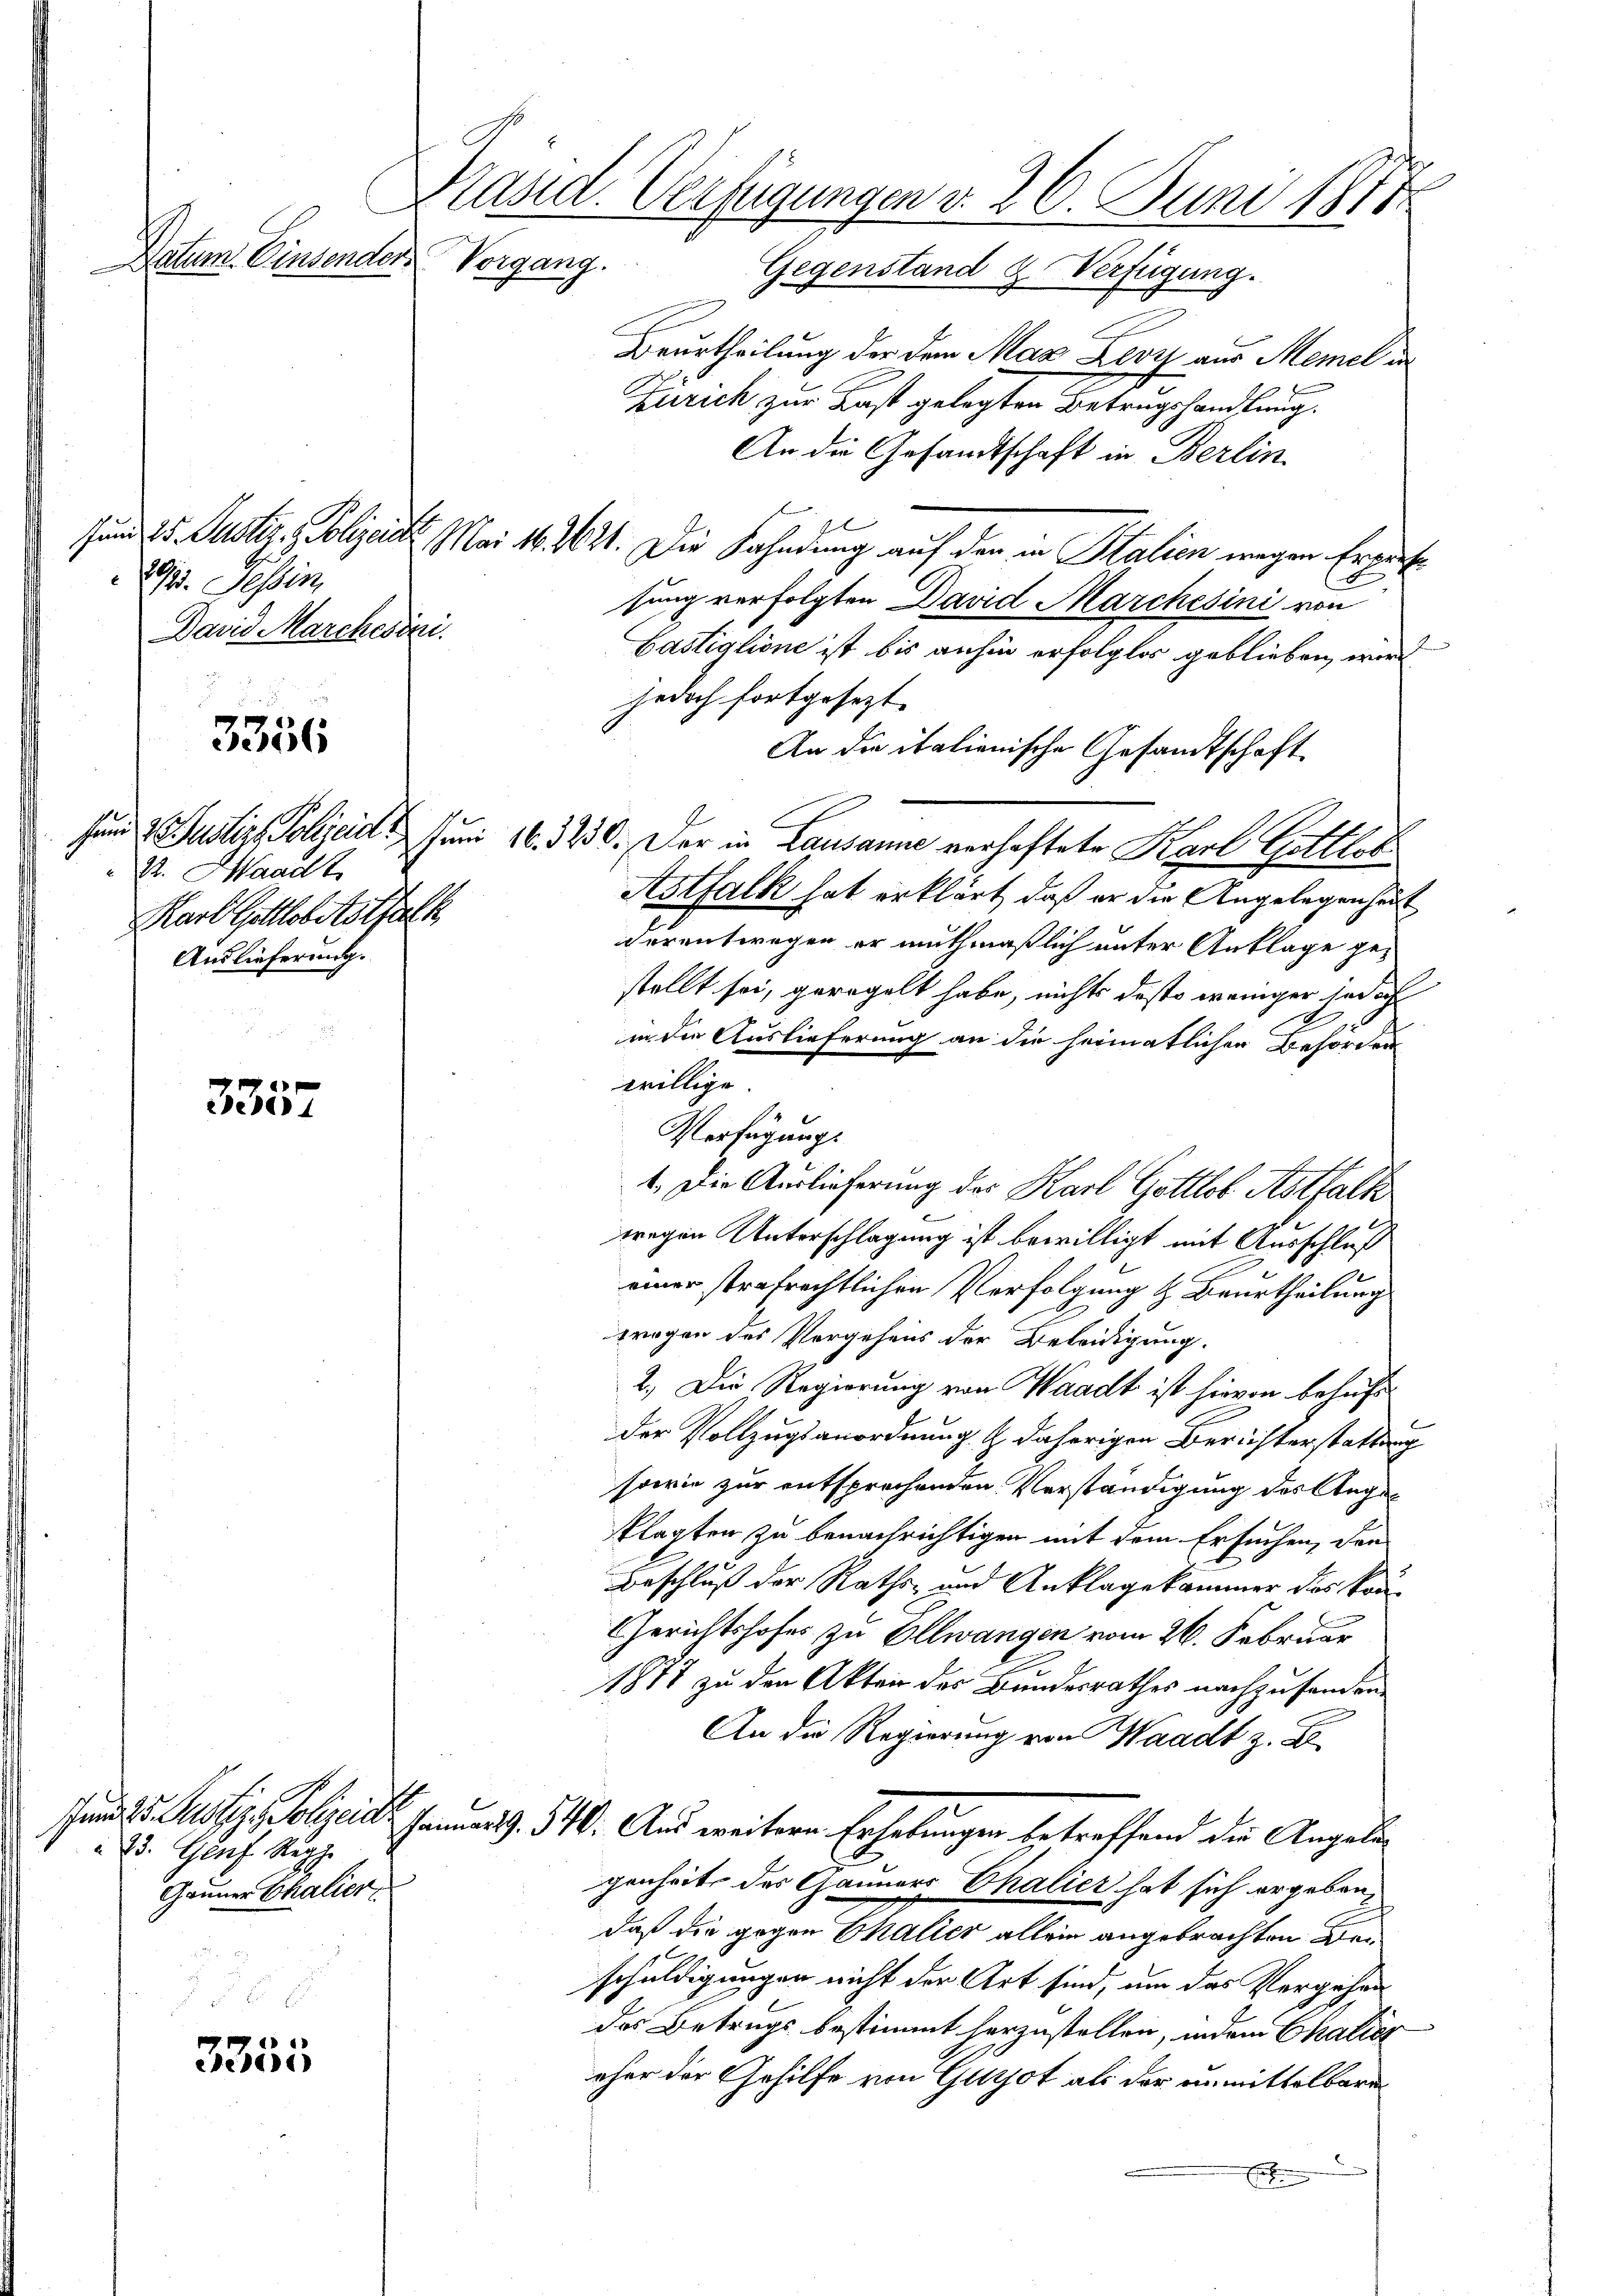
Stand. Verfügungen d. 26. Juni 1811.
Datum. Einsender Vorgang.
Gegenstand & Verfügung.

29. Tessin,
David Marchesini.

3356

22. Waadt
Karl Gottlobitotalk
Auslieferung.

335.

3355

23. Graf Ruppe
Gauner Chalier

Brurtheilung der dem Max Levyz aus Memel in
Zürich, zur Last gelegten Betrugshandlung.
An die Gesandtschaft in Berlin
l
Jund 25. Justiz & Polizeit. Mai 16. 4621. Die Fahndung auf den in Stalien wegen Erpretsung verfolgten David Marchesini von
Castiglione ist bis anhin erfolglos geblieben wird
jedoch fortgesezt.
An die italienische Gesandtschaft
fund 2. Justiz, Polizeid. Juni 16. 3230. Der in Lausanne verhaftete Karl Gottlob
Astfalk hat erklärt, daß er die Angelegenheit
derentwegen er muthmaßlich unter Anklage gestellt sei, geregelt habe, nichts desto weniger jedoch
in die Auslieferung an die heimatlichen Behörden
willige.
Verfügungs
1. Die Auslieferung des Karl Gottlob Astfalt
wegen Unterschlagung ist bewilligt mit Ausschluß
2
einer strafrechtlichen Verfolgung & Beurtheilung
wrogen des Vergehens der Beleidigung.
2.) Die Regierung von Waadt ist hievon behufs
der Vollzugsanordnung & daherigen Berichterstattung
sowie zur entsprechenden Verständigung des Angeklagten zu benachrichtigen mit dem Ersuchen, den
Beschluß der Raths- und Anklagekammer des kön¬
Gerichtshofes zu Ollwangen vom 26. Februar
1877 zu den Akten der Bundesrathes nachzusenden.
An die Regierung von Waadt z. B.
Juni d. Justiz, Polizeich Januar 9. 540. Aus weitern Erhebungen betreffend die Angelegenheit des Gänners Chalier hat sich ergebendaß die gegen Challer allein angebrachten Beschuldigungen nicht der Art sind, um das Vergehen
das Betrugs bestimmt herzustellen, indem Chalicz
eher der Gehilfe von Guizot als der unmittelbaren
E